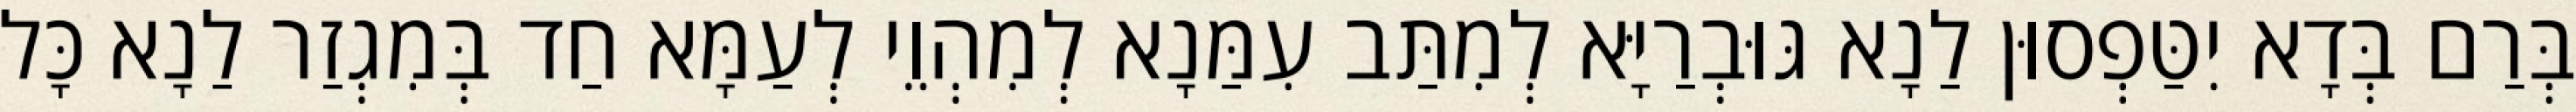
בְּרַם בְּדָא יִטַּפְסוּן לַנָא גּוּבְרַיָּא לְמִתַּב עִמַּנָא לְמִהְוֵי לְעַמָּא חַד בְּמִגְזַר לַנָא כָּל